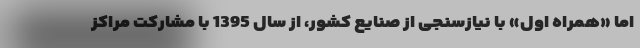
اما «همراه اول» با نیازسنجی از صنایع کشور، از سال 1395 با مشارکت مراکز